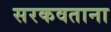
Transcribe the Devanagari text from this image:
सरकवताना